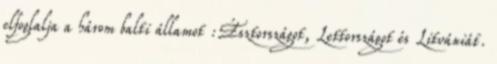
elfoglalja a három balti államot :Észtországot, Lettországot és Litvániát.